Report of an investigation into the causes of malaria in Bombay and the measures necessary for its control
Disease focus: Malaria
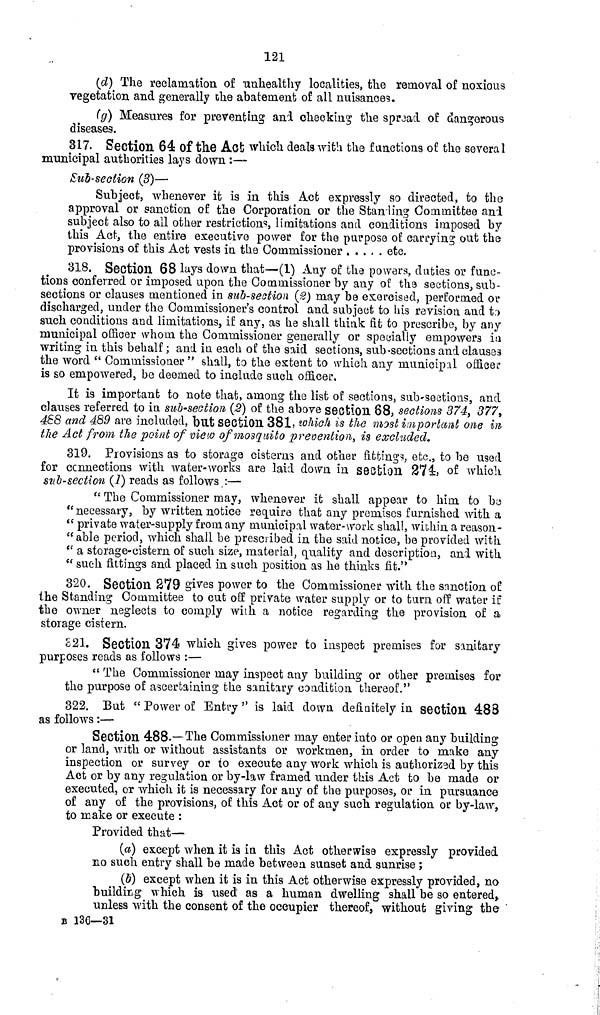
121
(d) The reclamation of unhealthy localities, the removal of noxious
vegetation and generally the abatement of all nuisances.
(g) Measures for preventing and checking the spread of dangerous
diseases.
317. Section 64 of the Act which deals with the functions of the several
municipal authorities lays down :—
Pub-section (3)—
Subject, whenever it is in this Act expressly so directed, to the
approval or sanction of the Corporation or the Standing Committee and
subject also to all other restrictions, limitations and conditions imposed by
this Act, the entire executive power for the purpose of carrying out the
provisions of this Act vests in the Commissioner
etc.
318. Section 68 lays down that—(1) Any of the powers, duties or func-
tions conferred or imposed upon the Commissioner by any of the sections, sub-
sections or clauses mentioned in sub-sestioii (2) may be exercised, performed or
discharged, under the Commissioner's control and subject to his revision and to
such conditions and limitations, if any, as he shall think fit to prescribe, by any
municipal officer whom the Commissioner generally or specially empowers in
writing in this behalf; and in each of the said sections, sub-sections and clauses
the word " Commissioner " shall, to the extent to which any municipal officer
is so empowered, be deemed to include such officer.
It is important to note that, among the list of sections, sub-sections, and
clauses referred to in sub-section (4?) of the above section 68, sections 374, 377,
488 and 489 are included, but section 381, which is the most important one in
the Act from the point of view of mosquito prevention, is excluded.
319. Provisions as to storage cisterns and other fittings, etc., to be used
for connections with water-works are laid down in section 274:, of which
subsection (i) reads as follows.:—
" The Commissioner may, whenever it shall appear to him to be
" necessary, by written notice require that any premises furnished with a
" private water-supply from any municipal water-work shall, within a reason-
"able period, which shall be prescribed in the said notice, be provided with
" a storage-cistern of such size, material, quality and description, and with
" such fittings and placed in such position as he thinks fit."
320. Section 279 gives power to the Commissioner with the sanction of
the Standing Committee to cut off private water supply or to turn off water if
the owner neglects to comply with a notice regarding the provision of a
storage cistern.
£21. Section 374 which gives power to inspect premises for sanitary
purposes reads as follows :—
" The Commissioner may inspect any building or other premises for
the purpose of ascertaining the sanitary condition thereof."
322. But "Power of Entry" is laid down definitely in section 488
as follows:—
Section 488.—The Commissioner may enter into or open any building
or land, with or without assistants or workmen, in order to make any
inspection or survey or to execute any work which is authorized by this
Act or by any regulation or by-law framed under this Act to be made or
executed, or which it is necessary for any of the purposes, or in pursuance
of any of the provisions, of this Act or of any such regulation or by-law,
to make or execute :
Provided that—
(a) except when it is in this Act otherwise expressly provided
no such entry shall be made between sunset and sunrise;
(b) except when it is in this Act otherwise expressly provided, no
building which is used as a human dwelling shall be so entered,
unless with the consent of the occupier thereof, without giving the
B 136—31